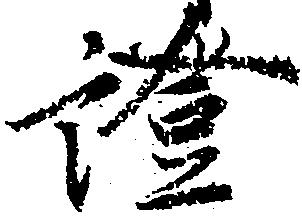
証